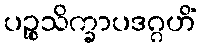
ပဉ္စသိက္ခာပဒဂ္ဂဟိံ